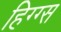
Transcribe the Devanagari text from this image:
हिग्ग्स